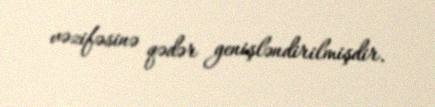
vəzifəsinə qədər genişləndirilmişdir.